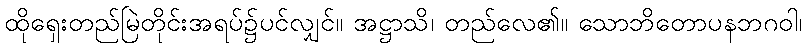
ထိုရှေးတည်မြဲတိုင်းအရပ်၌ပင်လျှင်။ အဋ္ဌာသိ၊ တည်လေ၏။ သောဘိတောပနဘဂဝါ၊